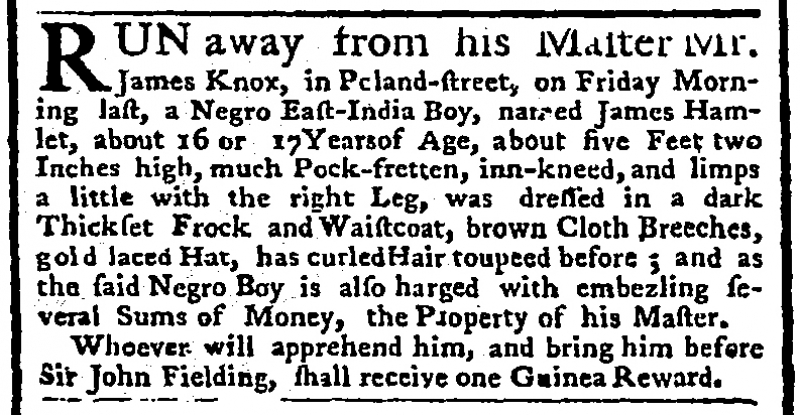
Public Advertiser, 6 June 1763 (England)
RUN away from his Master Mr. James Knox, in Peland-street, on Friday Morning last, a Negro East-India Boy, named James Hamlet, about 16 or 17 Years of Age, about five Feet two Inches high, much Pock-fretten, inn-kneed, and limps a little with the right Leg, was dressed in a dark Thickset Frock and Waistcoat, brown Cloth Breeches, gold laced Hat, has curled Hair toupeed before: and as the said Negro Boy is also [c]harged with embezling several Sums of Money, the Property of his Master.  Whoever will apprehend him, and bring him before Sir John Fielding, shall receive one Guinea Reward.